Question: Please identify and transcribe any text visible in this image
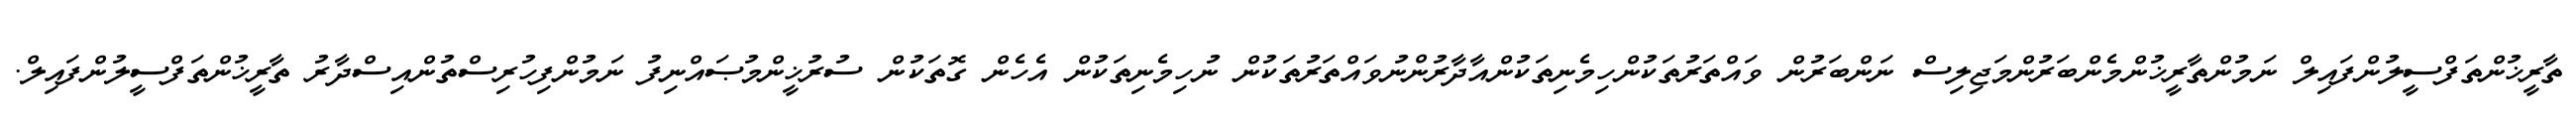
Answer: ތާރީޚުންތަފްސީލުންފައިލް ނަމުންތާރީޚުންމެންބަރުންމަޖިލިސް ނަންބަރުން ވައްތަރުތަކުންހިމެނިތަކުންއާދާރުންނުވައްތަރުތަކުން ނުހިމެނިތަކުން އެހެން ގޮތަކުން ސުރުޚީންމުޞައްނިފު ނަމުންފިހުރިސްތުންއިސްދާރު ތާރީޚުންތަފްސީލުންފައިލް.